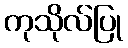
ကုသိုလ်ပြု